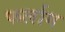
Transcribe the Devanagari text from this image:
फर्लाग